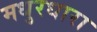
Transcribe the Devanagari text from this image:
मधुरधारा